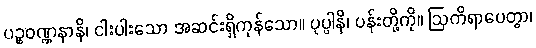
ပဉ္စဝဏ္ဏနာနိ၊ ငါးပါးသော အဆင်းရှိကုန်သော။ ပုပ္ပါနိ၊ ပန်းတို့ကို။ ဩကိရာပေတွာ၊